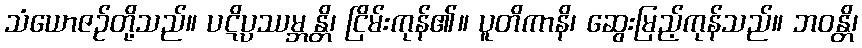
သံယောဇဉ်တို့သည်။ ပဋိပ္ပဿမ္ဘန္တိ၊ ငြိမ်းကုန်၏။ ပူတိကာနိ၊ ဆွေးမြည့်ကုန်သည်။ ဘဝန္တိ၊